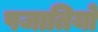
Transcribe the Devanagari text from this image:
पजातियों